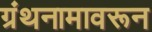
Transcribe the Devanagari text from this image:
ग्रंथनामावरून